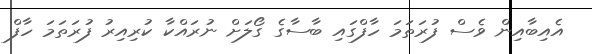
އެއިބާއިން ވެސް ފުރަތަމަ ހާފްގައި ބާސާގެ ގޯލަށް ނުރައްކާ ކުރިއިރު ފުރަތަމަ ހާފް